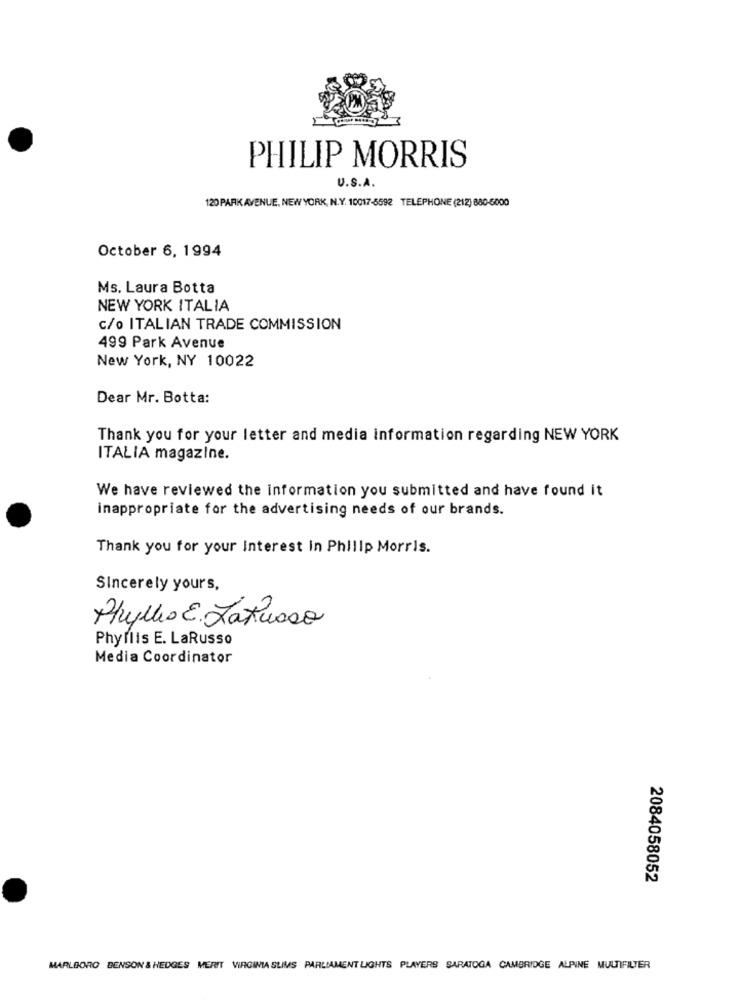
PHILIP MORRIS
U.S.A.
120 PARK AVENUE, NEW YORK, N.Y. 10017-5592 TELEPHONE (212) 880-6000
October 6, 1994
Ms. Laura Botta
NEW YORK ITALIA
c/o ITALIAN TRADE COMMISSION
499 Park Avenue
New York, NY 10022
Dear Mr. Botta:
Thank you for your letter and media information regarding NEW YORK
ITALIA magazine.
We have reviewed the information you submitted and have found it
inappropriate for the advertising needs of our brands.
Thank you for your Interest in Philip Morris.
Sincerely yours,
Alho E. LaRusso
Phyllis E. LaRusso
Media Coordinator
2084058052
MARLBORO BENSON & HEDGES MERIT VIRGINIA SLIMS PARLIAMENT LIGHTS PLAYERS SARATOGA CAMBRIDGE ALPINE MULTIFILTER